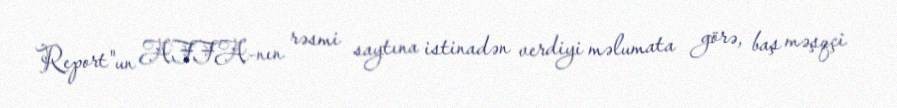
Report"un AFFA-nın rəsmi saytına istinadən verdiyi məlumata görə, baş məşqçi